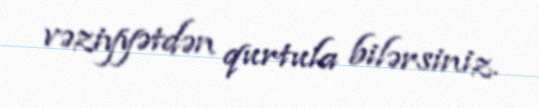
vəziyyətdən qurtula bilərsiniz.